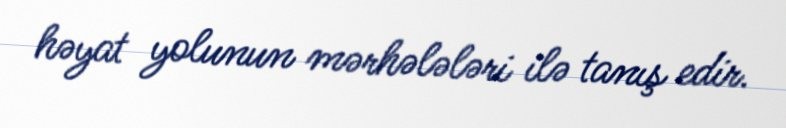
həyat yolunun mərhələləri ilə tanış edir.